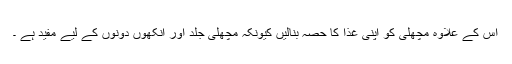
اس کے علاوہ مچھلی کو اپنی غذا کا حصہ بنالیں کیونکہ مچھلی جلد اور آنکھوں دونوں کے لیے مفید ہے ۔